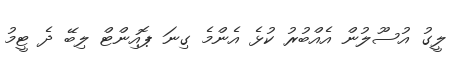
ލީގު އުސޫލުން އެއްބުރު ކުޅެ އެންމެ ގިނަ ޕޮއިންޓް ލިބޭ ދެ ޓީމު